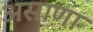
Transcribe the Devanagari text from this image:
असाणा